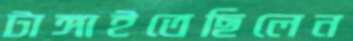
টাঙ্গাইতেছিলেন